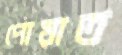
পোয়াত